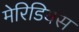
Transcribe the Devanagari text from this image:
मेरिडियस